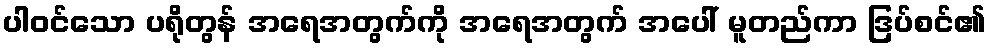
ပါဝင်သော ပရိုတွန် အရေအတွက်ကို အရေအတွက် အပေါ် မူတည်ကာ ဒြပ်စင်၏